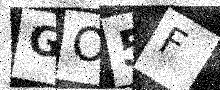
Text: GO5F